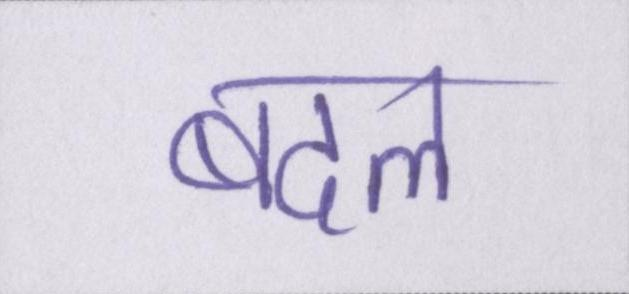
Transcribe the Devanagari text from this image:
बदल